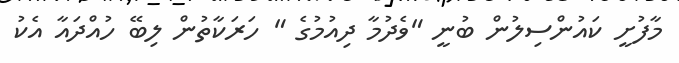
މާފުށީ ކައުންސިލުން ބުނީ "ވެދުމާ ދިއުމުގެ " ހަރަކާތުން ލިބޭ ހުއްދައާ އެކު